Indian journal of veterinary science and animal husbandry - Volumes 24-25, 1954-1955
Year: 1954
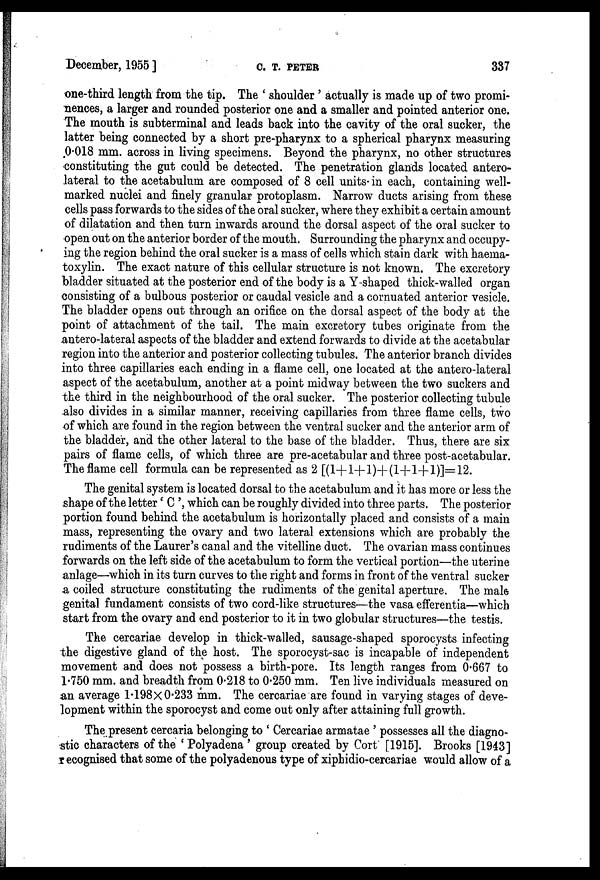
December, 1955 ]
C.
T.
PETER
337
one-third length from the tip. The ' shoulder ' actually is made up of two promi-
nences, a larger and rounded posterior one and a smaller and pointed anterior one.
The mouth is subterminal and leads back into the cavity of the oral sucker, the
latter being connected by a short pre-pharynx to a spherical pharynx measuring
0.018 mm. across in living specimens. Beyond the pharynx, no other structures
constituting the gut could be detected. The penetration glands located antero-
lateral to the acetabulum are composed of 8 cell units in each, containing well-
marked nuclei and finely granular protoplasm. Narrow ducts arising from these
cells pass forwards to the sides of the oral sucker, where they exhibit a certain amount
of dilatation and then turn inwards around the dorsal aspect of the oral sucker to
open out on the anterior border of the mouth. Surrounding the pharynx and occupy-
ing the region behind the oral sucker is a mass of cells which stain dark with haema-
toxylin. The exact nature of this cellular structure is not known. The excretory
bladder situated at the posterior end of the body is a Y shaped thick-walled organ
consisting of a bulbous posterior or caudal vesicle and a cornuated anterior vesicle.
The bladder opens out through an orifice on the dorsal aspect of the body at the
point of attachment of the tail. The main excretory tubes originate from the
antero-lateral aspects of the bladder and extend forwards to divide at the acetabular
region into the anterior and posterior collecting tubules. The anterior branch divides
into three capillaries each ending in a flame cell, one located at the antero-lateral
aspect of the acetabulum, another at a point midway between the two suckers and
the third in the neighbourhood of the oral sucker. The posterior collecting tubule
also divides in a similar manner, receiving capillaries from three flame cells, two
of which are found in the region between the ventral sucker and the anterior arm of
the bladder, and the other lateral to the base of the bladder. Thus, there are six
pairs of flame cells, of which three are pre-acetabular and three post-acetabular.
The flame cell formula can be represented as 2 [(l+l+1)+(l+l+1)]=12.
The genital system is located dorsal to the acetabulum and it has more or less the
shape of the letter ' C ', which can be roughly divided into three parts. The posterior
portion found behind the acetabulum is horizontally placed and consists of a main
mass, representing the ovary and two lateral extensions which are probably the
rudiments of the Laurer's canal and the vitelline duct. The ovarian mass continues
forwards on the left side of the acetabulum to form the vertical portion—the uterine
anlage—which in its turn curves to the right and forms in front of the ventral sucker
a coiled structure constituting the rudiments of the genital aperture. The male
genital fundament consists of two cord-like structures—the vasa efferentia—which
start from the ovary and end posterior to it in two globular structures—the testis.
The cercariae develop in thick-walled, sausage-shaped sporocysts infecting
the digestive gland of the host. The sporocyst-sac is incapable of independent
movement and does not possess a birth-pore. Its length ranges from 0.667 to
1.750 mm. and breadth from 0.218 to 0.250 mm. Ten live individuals measured on
an average 1.198×0.233 mm. The cercariae are found in varying stages of deve-
lopment within the sporocyst and come out only after attaining full growth.
The present cercaria belonging to ' Cercariae armatae ' possesses all the diagno-
stic characters of the ' Polyadena ' group created by Cort [1915]. Brooks [1943]
recognised that some of the polyadenous type of xiphidio-cercariae would allow of a